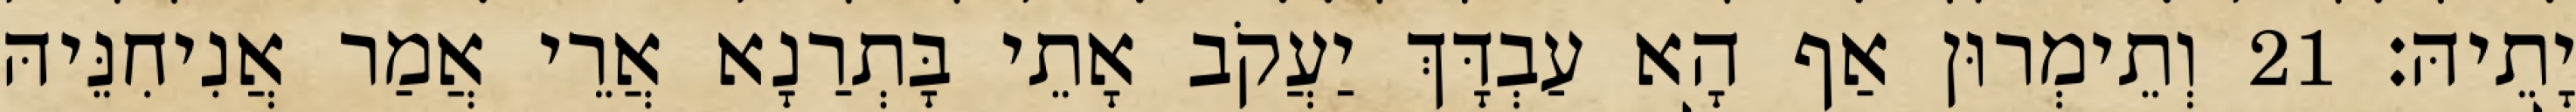
יָתֵיהּ׃ 21 וְתֵימְרוּן אַף הָא עַבְדָּךְ יַעֲקֹב אָתֵי בָּתְרַנָא אֲרֵי אֲמַר אֲנִיחִנֵּיהּ